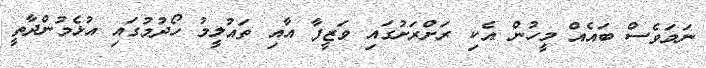
ނަމަވެސް ބައެއް މީހުން އެކި ރަށްރަށުގައި ވަޒީފާ އާއި ތައުލީމު ހޯދުމުގައި އުޅެމުންދާތީ